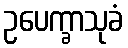
ဥပေက္ခာသုခံ